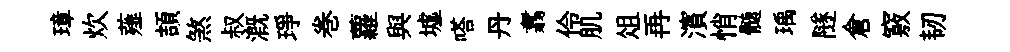
璋炊薤頡煞叔溉琤巻蘿與墟嗒丹翥伶肌俎再濱悄髄瑀隧倉竅韧